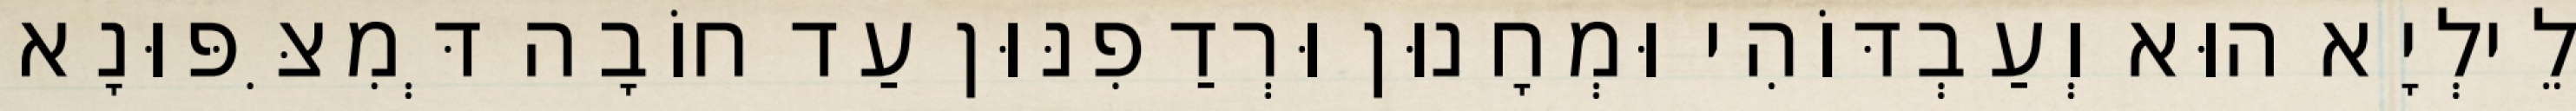
לֵילְיָא הוּא וְעַבְדּוֹהִי וּמְחָנוּן וּרְדַפִנּוּן עַד חוֹבָה דְּמִצִּפּוּנָא